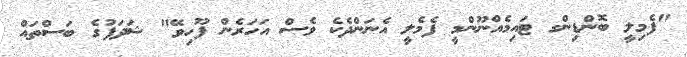
"ފެމިލީ ބޮންޑިންގ ޓައިމެއްނޫންމީ ފެމެލީ އެނަންދެކެ ވެސް އަހަރެން ފޫހިވޭ" ޝަދަފުގެ ބަސްތައް